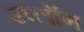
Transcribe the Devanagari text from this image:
स्प्लॉग